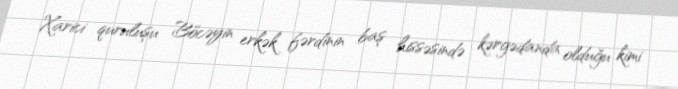
Xarici quruluşu Böcəyin erkək fərdinin baş hissəsində kərgədanda olduğu kimi